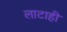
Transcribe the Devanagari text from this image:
लाटाही